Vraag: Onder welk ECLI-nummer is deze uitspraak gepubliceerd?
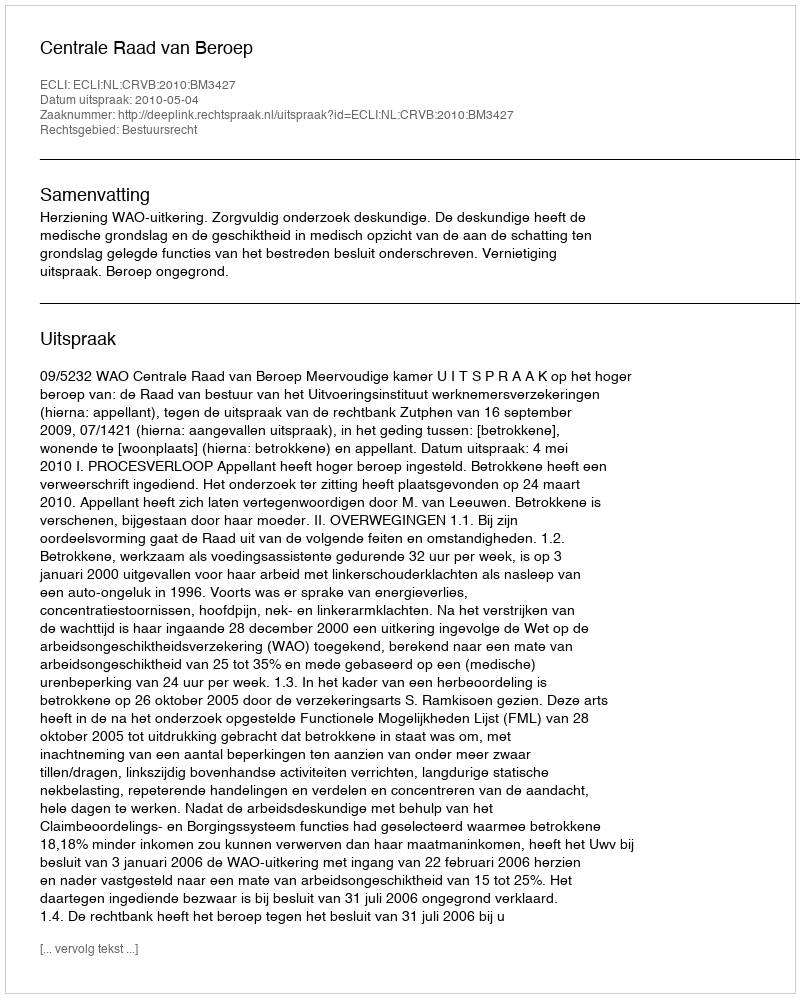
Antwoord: ECLI:NL:CRVB:2010:BM3427